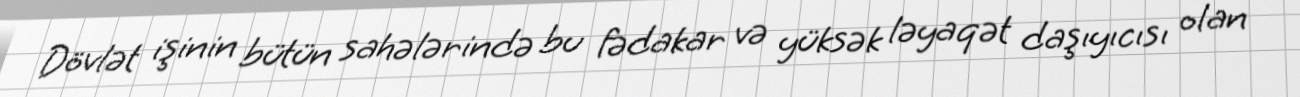
Dövlət işinin bütün sahələrində bu fədakar və yüksək ləyaqət daşıyıcısı olan